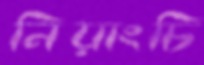
নিয়াংচি